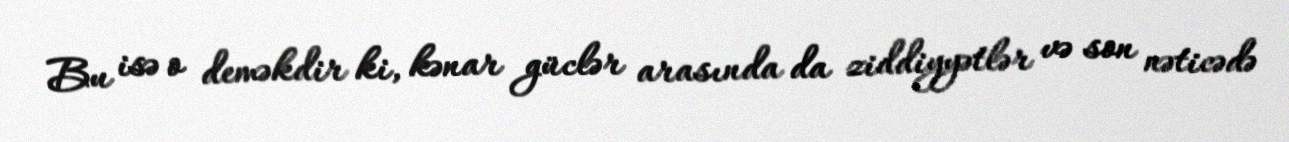
Bu isə o deməkdir ki, kənar güclər arasında da ziddiyyətlər və son nəticədə